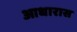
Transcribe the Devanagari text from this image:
आधारास